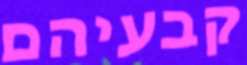
קבעיהם